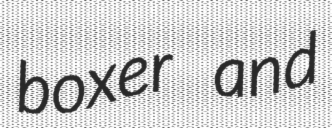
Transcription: boxer and